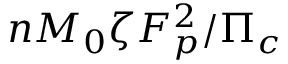
n M _ { 0 } \zeta F _ { p } ^ { 2 } / \Pi _ { c }